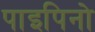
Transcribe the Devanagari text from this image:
पाइपिनो